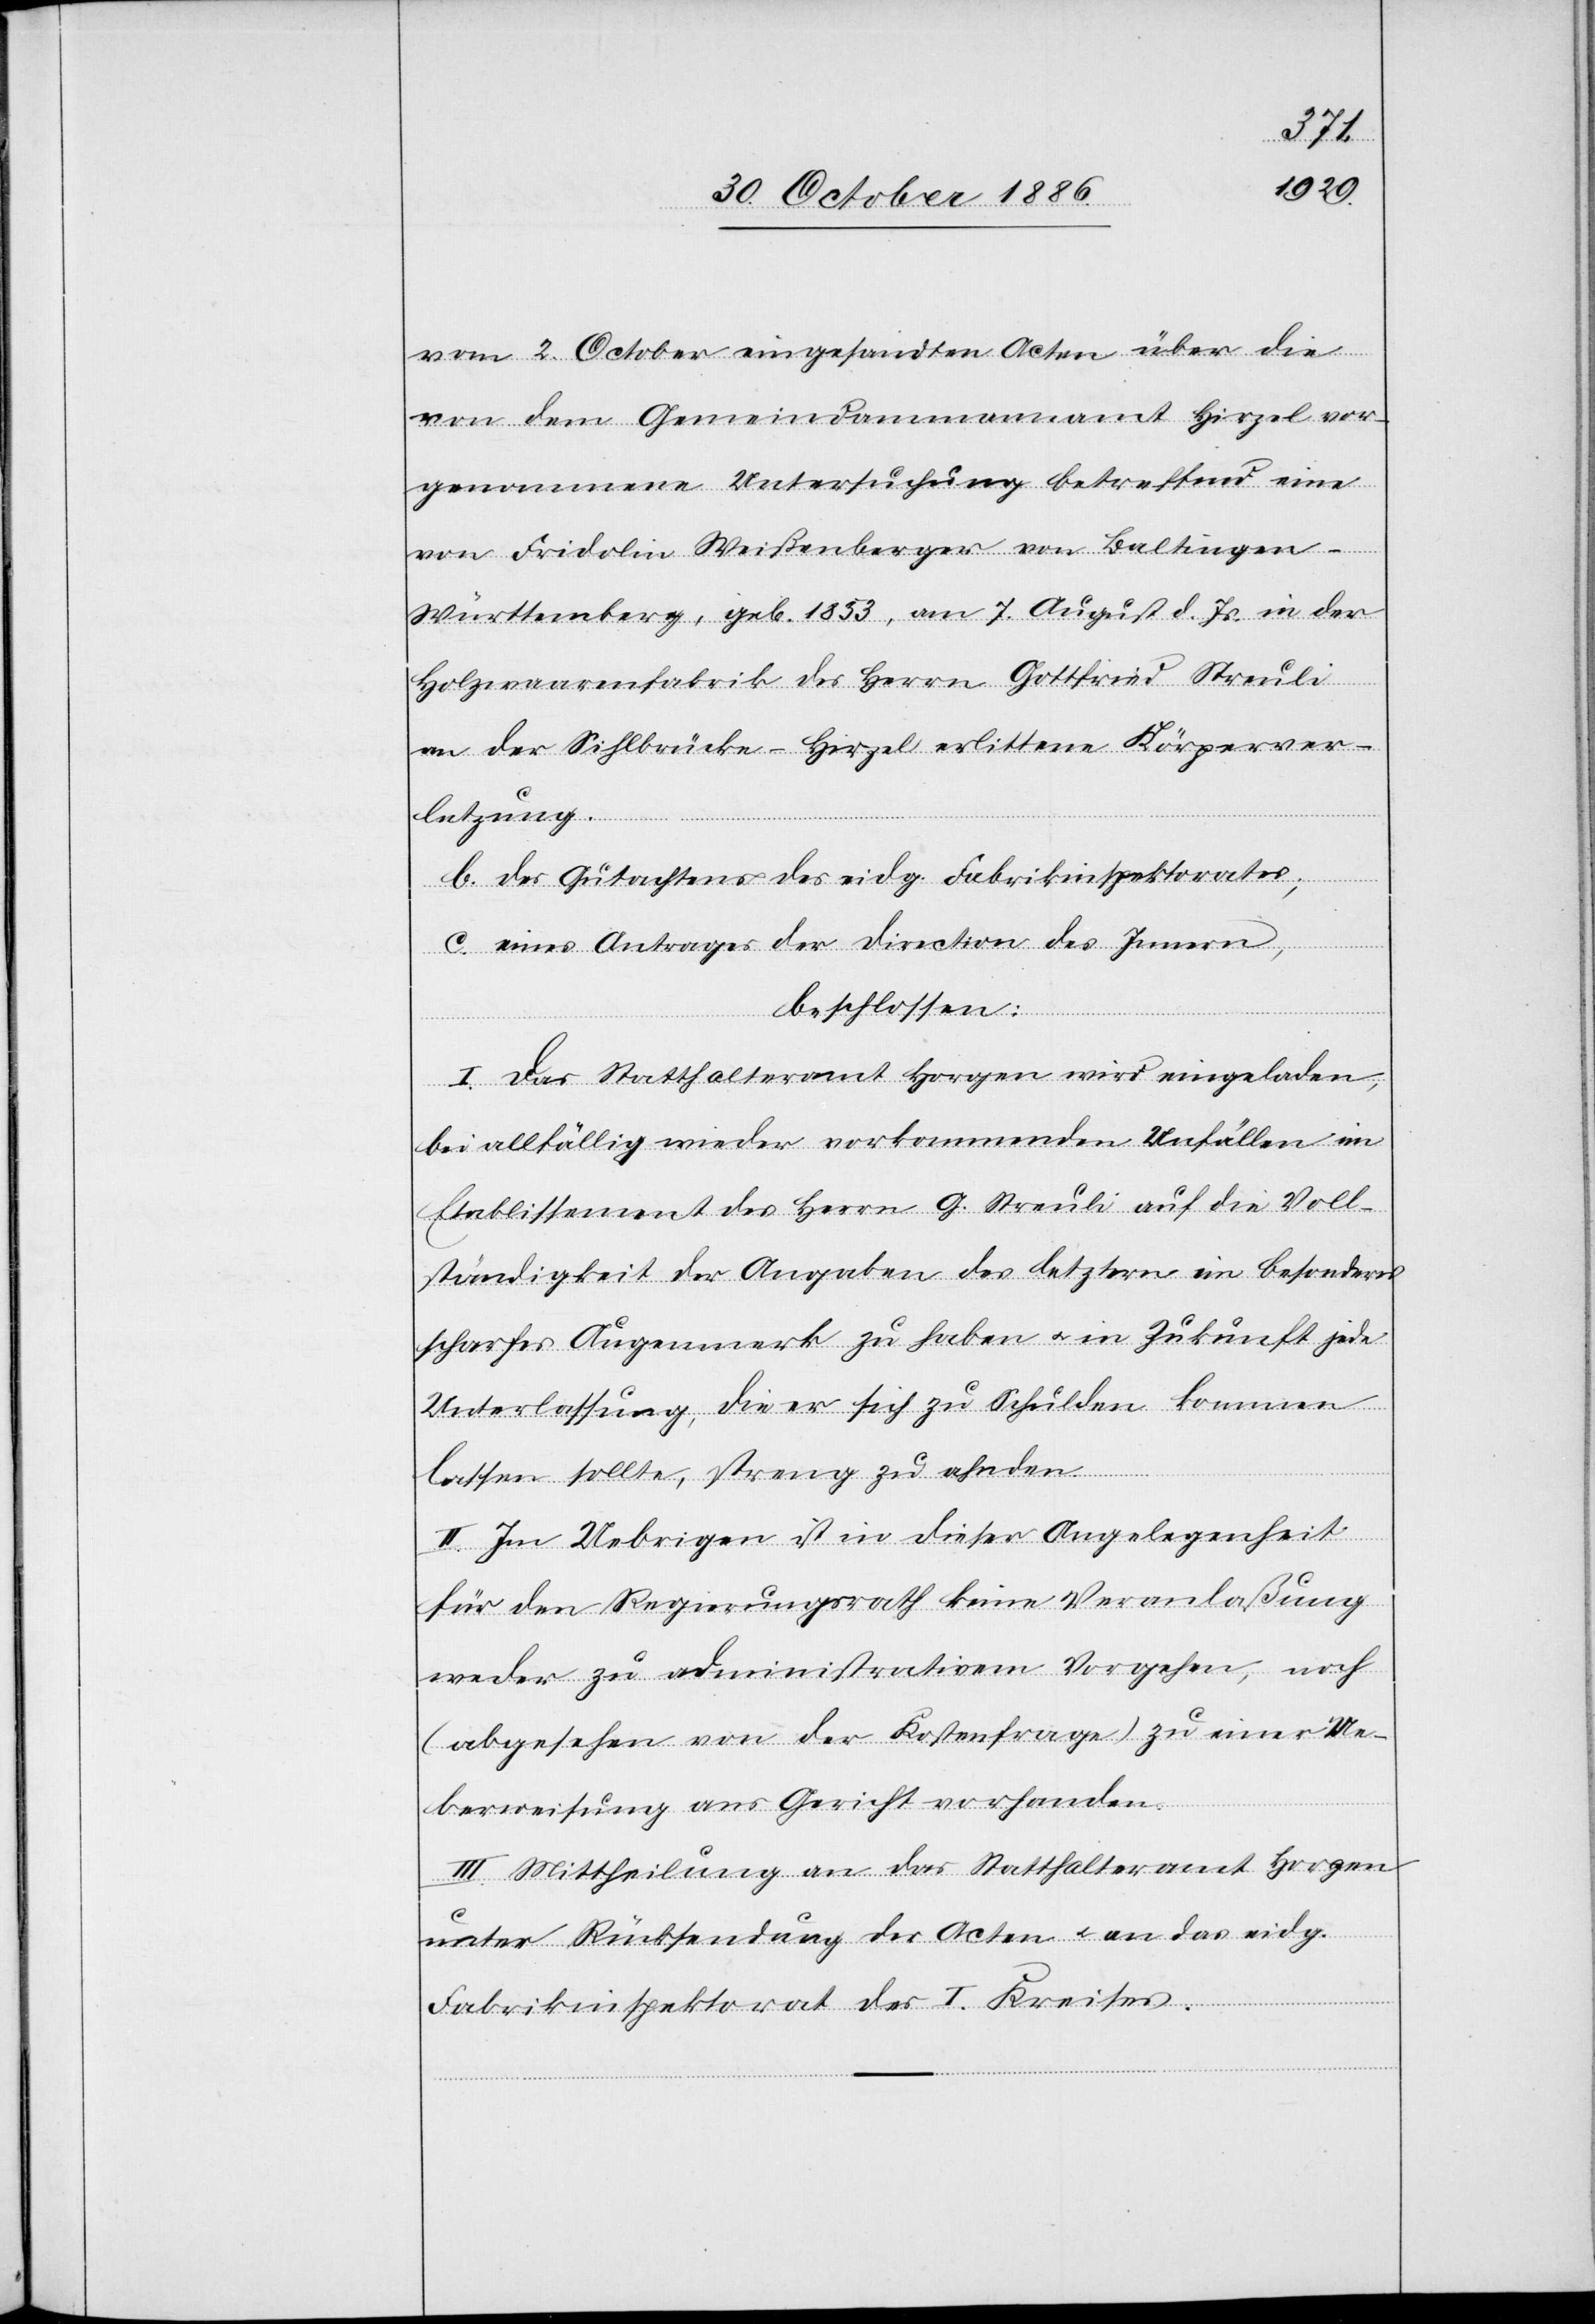
vom 2. October eingesandten Acten über die
von dem Gemeindammannamt Hirzel vor¬
genommene Untersuchung betreffend eine
von Fridolin Weißenberger von Baltingen -
Württemberg, geb. 1853, am 7. August d. Js. in der
Holzwaarenfabrik des Herrn Gottfried Streuli
an der Sihlbrücke - Hirzel erlittene Körperver¬
letzung.
b. des Gutachtens des eidg. Fabrikinspektorates;
c. eines Antrages der Direction des Innern,
beschlossen:
I. Das Statthalteramt Horgen wird eingeladen,
bei allfällig wieder vorkommenden Unfällen im
Etablissement des Herrn G. Streuli auf die Voll¬
ständigkeit der Angaben des letztern ein besonders
scharfes Augenmerk zu haben & in Zukunft jede
Unterlassung, die er sich zu Schulden kommen
lassen sollte, streng zu ahnden.
II. Im Uebrigen ist in dieser Angelegenheit
für den Regierungsrath keine Veranlaßung
weder zu administrativem Vorgehen, noch
(abgesehen von der Kostenfrage) zu einer Ue¬
berweisung ans Gericht vorhanden.
III. Mittheilung an das Statthalteramt Horgen
unter Rücksendung der Acten & an das eidg.
Fabrikinspektorat des I. Kreises.